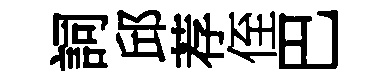
詞邱荐侄巴